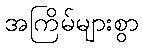
အကြိမ်များစွာ